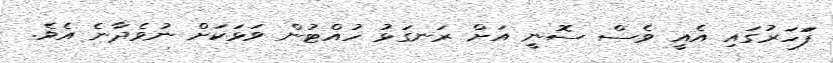
ފަަހަރުގައި އެއީ ވެސް ސޮނީ އަށް ރަނގަޅު ހުއްޓުން ވަޅަކަށް ނުވެދާނެ އެވެ.